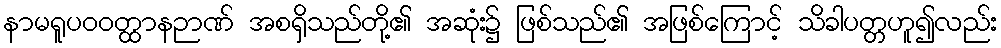
နာမရူပဝဝတ္ထာနဉာဏ် အစရှိသည်တို့၏ အဆုံး၌ ဖြစ်သည်၏ အဖြစ်ကြောင့် သိခါပတ္တဟူ၍လည်း